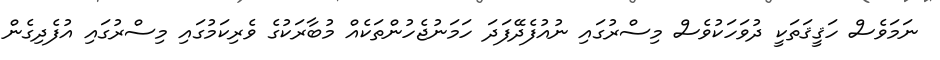
ނަމަވެސް ހަޤީޤަތަކީ ދުވަހަކުވެސް މިސްރުގައި ނުއުފެދޭފަދަ ހަމަނުޖެހުންތަކެއް މުބާރަކުގެ ވެރިކަމުގައި މިސްރުގައި އުފެދިގެން